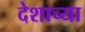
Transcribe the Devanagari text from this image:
देशाच्‍या